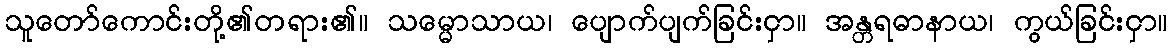
သူတော်ကောင်းတို့၏တရား၏။ သမ္မောသာယ၊ ပျောက်ပျက်ခြင်းငှာ။ အန္တရဓာနာယ၊ ကွယ်ခြင်းငှာ။